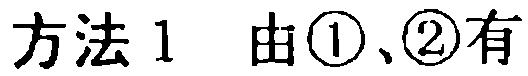
方法 1 由\textcircled{1}、\textcircled{2}有